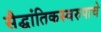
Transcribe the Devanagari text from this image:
सैद्घांतिकस्वरुपाचे